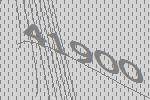
41900